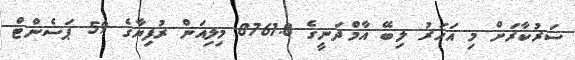
ސަރުކާރަށް މި އަހަރު ލިބޭ އާމްދަނީގެ 8761.8 މިލިއަން ރުފިޔާގެ 59 ޕަސެންޓް